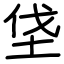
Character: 垡